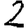
Digit: 2